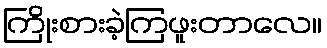
ကြိုးစားခဲ့ကြဖူးတာလေ။